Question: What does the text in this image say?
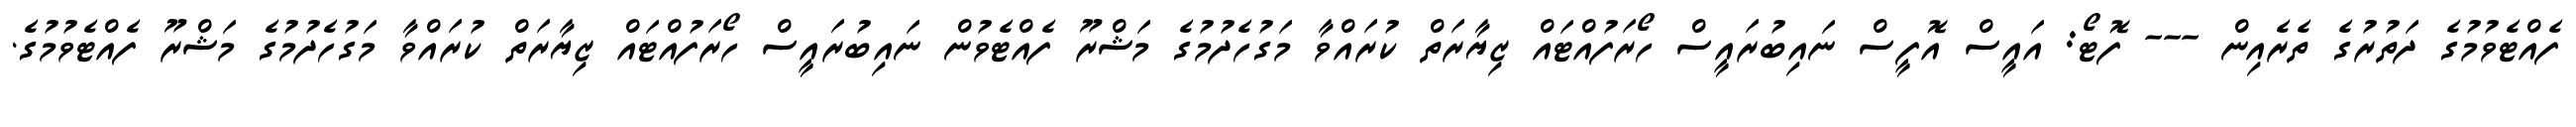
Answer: ފެއްޓެވުމުގެ ދަތުރުގެ ތެރެއިން --- ފޮޓޯ: އައީސް އޮފީސް ނައިބުރައީސް ހޯރަފުއްޓައް ޒިޔާރަތް ކުރައްވާ މަގުހެދުމުގެ މަޝްރޫ ފެއްޓެވުން ނައިބުރައީސް ހޯރަފުއްޓައް ޒިޔާރަތް ކުރައްވާ މަގުހެދުމުގެ މަޝްރޫ ފެއްޓެވުމުގެ.